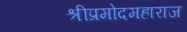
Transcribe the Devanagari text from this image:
श्रीप्रमोदमहाराज